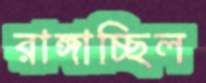
রাঙ্গাচ্ছিল